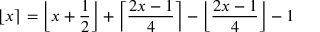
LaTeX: \lfloor x \rceil = \left\lfloor x + { \frac { 1 } { 2 } } \right\rfloor + \left\lceil { \frac { 2 x - 1 } { 4 } } \right\rceil - \left\lfloor { \frac { 2 x - 1 } { 4 } } \right\rfloor - 1